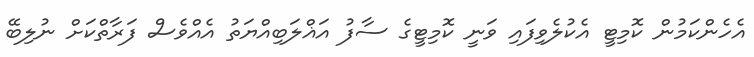
އެހެންކަމުން ކޮމިޓީ އެކުލެވިފައި ވަނީ ކޮމިޓީގެ ސާފު އަޣްލަބިއްޔަތު އެއްވެސް ފަރާތްކަށް ނުލިބޭ